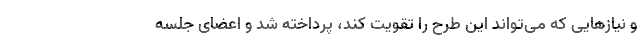
و نیازهایی که می‌تواند این طرح را تقویت کند، پرداخته شد و اعضای جلسه